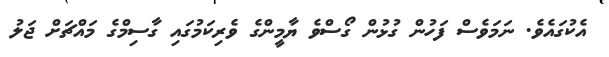
އެކުގައެވެ. ނަމަވެސް ފަހުން ގުޅުން ގޯސްވެ ޔާމީންގެ ވެރިކަމުގައި ގާސިމްގެ މައްޗަށް ޖަލު